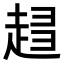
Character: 𧻫